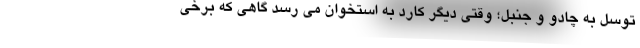
توسل به چادو و جنبل؛ وقتی دیگر کارد به استخوان می رسد گاهی که برخی